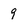
Character: 9